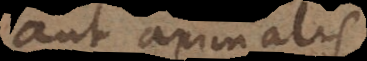
aut animalis